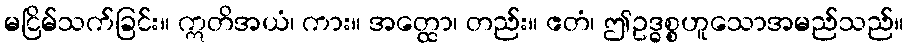
မငြိမ်သက်ခြင်း။ ဣတိအယံ၊ ကား။ အတ္ထော၊ တည်း။ ဧတံ၊ ဤဥဒ္ဓစ္စဟူသောအမည်သည်။